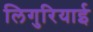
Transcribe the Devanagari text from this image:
लिगुरियाई